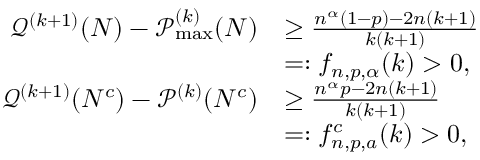
\begin{array} { r l } { \mathcal { Q } ^ { ( k + 1 ) } ( { \cal N } ) - \mathcal { P } _ { \operatorname* { m a x } } ^ { ( k ) } ( { \cal N } ) } & { \geq \frac { n ^ { \alpha } ( 1 - p ) - 2 n ( k + 1 ) } { k ( k + 1 ) } } \\ & { = : f _ { n , p , \alpha } ( k ) > 0 , } \\ { \mathcal { Q } ^ { ( k + 1 ) } ( { \cal N } ^ { c } ) - \mathcal { P } ^ { ( k ) } ( { \cal N } ^ { c } ) } & { \geq \frac { n ^ { \alpha } p - 2 n ( k + 1 ) } { k ( k + 1 ) } } \\ & { = : f _ { n , p , a } ^ { c } ( k ) > 0 , } \end{array}